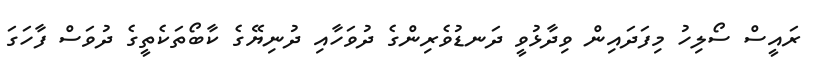
ރައީސް ސޯލިހު މިފަދައިން ވިދާޅުވީ ދަނޑުވެރިންގެ ދުވަހާއި ދުނިޔޭގެ ކާބޯތަކެތީގެ ދުވަސް ފާހަގަ